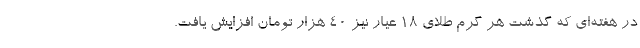
در هفته‌ای که گذشت هر گرم طلای ۱۸ عیار نیز ۴۰ هزار تومان افزایش یافت.